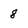
Character: 8